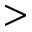
>